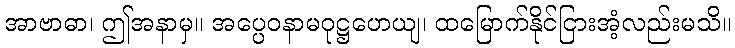
အာဗာဓာ၊ ဤအနာမှ။ အပ္ပေဝနာမဝုဋ္ဌဟေယျ၊ ထမြောက်နိုင်ငြားအံ့လည်းမသိ။